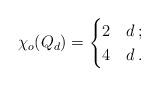
LaTeX: \begin{align*}\chi_o(Q_d)=\begin{cases}2 & d \,;\\4 & d \,.\end{cases}\end{align*}